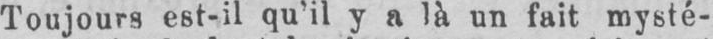
Toujours est-il qu’il y a là un fait mysté-